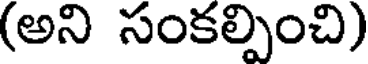
(అని సంకల్పించి)